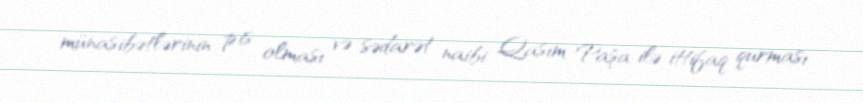
münasibətlərinin pis olması və sədarət naibi Qasım Paşa ilə ittifaq qurması